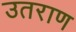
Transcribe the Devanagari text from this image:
उतराण